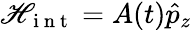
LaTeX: \mathscr{H}_{\mathrm{{~i~n~t~}}}=A(t)\hat{{p}}_{z}